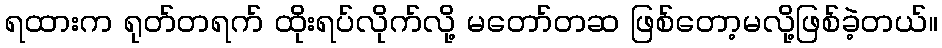
ရထားက ရုတ်တရက် ထိုးရပ်လိုက်လို့ မတော်တဆ ဖြစ်တော့မလို့ဖြစ်ခဲ့တယ်။